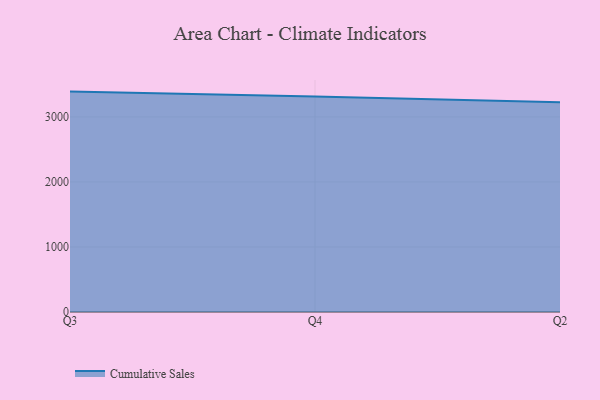
{"axis": {"x": "Quarter", "y": "Production Output"}, "legend": ["Cumulative Sales"], "data": [{"x": "Q3", "y": 3389.3, "type": "Cumulative Sales"}, {"x": "Q4", "y": 3312.9, "type": "Cumulative Sales"}, {"x": "Q2", "y": 3224.7, "type": "Cumulative Sales"}]}